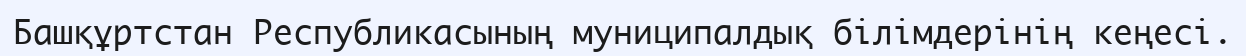
Башқұртстан Республикасының муниципалдық бiлiмдерiнiң кеңесi.